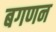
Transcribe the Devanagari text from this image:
बगणन